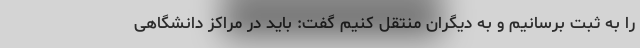
را به ثبت برسانیم و به دیگران منتقل کنیم گفت: باید در مراکز دانشگاهی